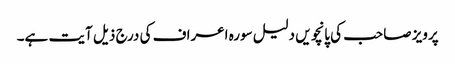
پرویز صاحب کی پانچویں دلیل سورہ اعراف کی درج ذیل آیت ہے۔